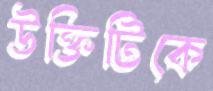
উক্তিটিকে